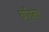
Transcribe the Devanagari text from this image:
वॉय्ना